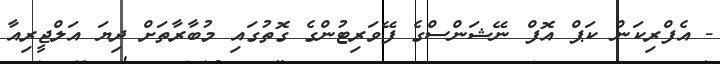
- އެފްރިކަން ކަޕް އޮފް ނޭޝަންސްގެ ފޭވަރިޓުންގެ ގޮތުގައި މުބާރާތަށް ދިޔަ އަލްޖީރިއާ